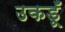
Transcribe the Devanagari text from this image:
उकडूँ